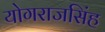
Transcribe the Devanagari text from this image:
योगराजसिंह